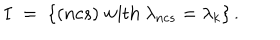
LaTeX: I \; = \; \left\{ ( n c s ) { \mathrm { ~ w i t h ~ } } \lambda _ { n c s } = \lambda _ { k } \right\} .